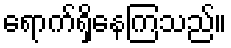
ရောက်ရှိနေကြသည်။